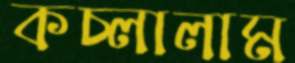
কচ্‌লালাম